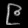
Digit: ၉